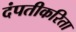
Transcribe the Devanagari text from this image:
दंपतीकरिता